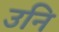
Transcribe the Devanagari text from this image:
उनि